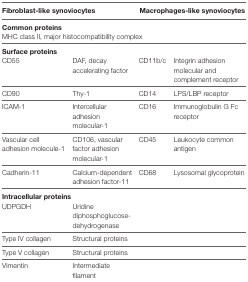
| <COLSPAN=2> Fibroblast-like synoviocytes | <COLSPAN=2> Macrophages-like synoviocytes |
 | --- | --- | --- | --- |
 | <COLSPAN=4> Common proteins |
 | <COLSPAN=4> MHC class II, major histocompatibility complex |
 | <COLSPAN=4> Surface proteins |
 | CD55 | DAF, decay accelerating factor | CD11b/c | Integrin adhesion molecular and complement receptor |
 | CD90 | Thy-1 | CD14 | LPS/LBP receptor |
 | ICAM-1 | Intercellular adhesion molecular-1 | CD16 | Immunoglobulin G Fc receptor |
 | Vascular cell adhesion molecule-1 | CD106, vascular factor adhesion molecular-1 | CD45 | Leukocyte common antigen |
 | Cadherin-11 | Calcium-dependent adhesion factor-11 | CD68 | Lysosomal glycoprotein |
 | <COLSPAN=4> Intracellular proteins |
 | UDPGDH | Uridine diphosphoglucose-dehydrogenase |  |  |
 | Type IV collagen | Structural proteins |  |  |
 | Type V collagen | Structural proteins |  |  |
 | Vimentin | Intermediate filament |  |  |